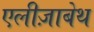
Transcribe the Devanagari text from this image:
एलीज़ाबेथ